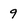
Character: 9